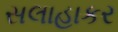
સલાહાકર